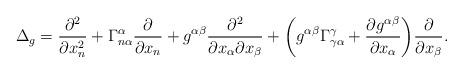
LaTeX: \begin{align*} \Delta_g & = \frac{\partial^2 }{\partial x_n^2} + \Gamma^\alpha_{n\alpha} \frac{\partial }{\partial x_n} + g^{\alpha\beta} \frac{\partial^2}{\partial x_\alpha\partial x_\beta} + \biggl( g^{\alpha\beta} \Gamma^\gamma_{\gamma\alpha} + \frac{\partial g^{\alpha\beta}}{\partial x_\alpha} \biggr) \frac{\partial }{\partial x_\beta}.\end{align*}